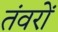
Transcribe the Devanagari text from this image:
तंवरों